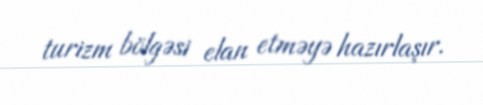
turizm bölgəsi elan etməyə hazırlaşır.